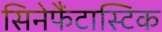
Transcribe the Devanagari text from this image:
सिनेफैंटास्टिक